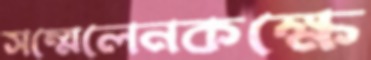
সম্মেলেনকক্ষে